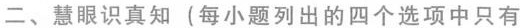
二、慧眼识真知(每小题列出的四个选项中只有